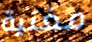
مغنية